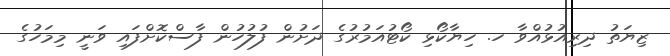
ޒިޔަތު ދިރިއުޅުއްވާ ހ. ހިޔާކޯޅި ކޯޓުއަމުރުގެ ދަށުން ފުލުހުން ފާސްކޮށްފައި ވަނީ މިމަހުގެ